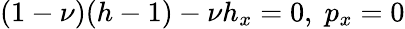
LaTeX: (1-\nu)(h-1)-\nu h_{x}=0,\; p_{x}=0